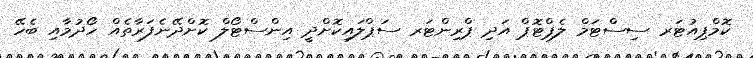
ކޮމްޕިއުޓަރ ސިސްޓަމް ލެޕްޓޮޕް އަދި ޕްރިންޓަރ ސަޕްލައިކޮށްދީ އިންސްޓޯލް ކޮށްދޭނެފަރާތެއް ހޯދުމާއި ބެހޭ